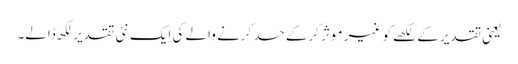
یعنی تقدیر کے لکھے کو غیر موثر کرکے حسد کرنے والے کی ایک نئی تقدیر لکھ ڈالے۔